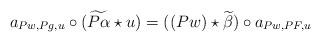
LaTeX: \begin{align*} a_{Pw,Pg,u} \circ(\widetilde{P\alpha}\star u) = ((Pw)\star \widetilde{\beta}) \circ a_{Pw,PF,u} \end{align*}